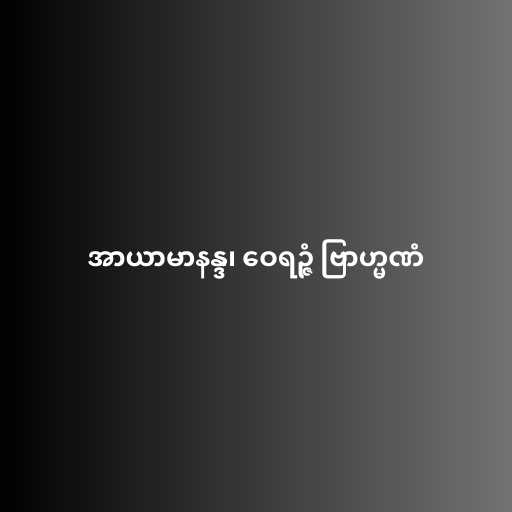
အာယာမာနန္ဒ၊ ဝေရဉ္ဇံ ဗြာဟ္မဏံ